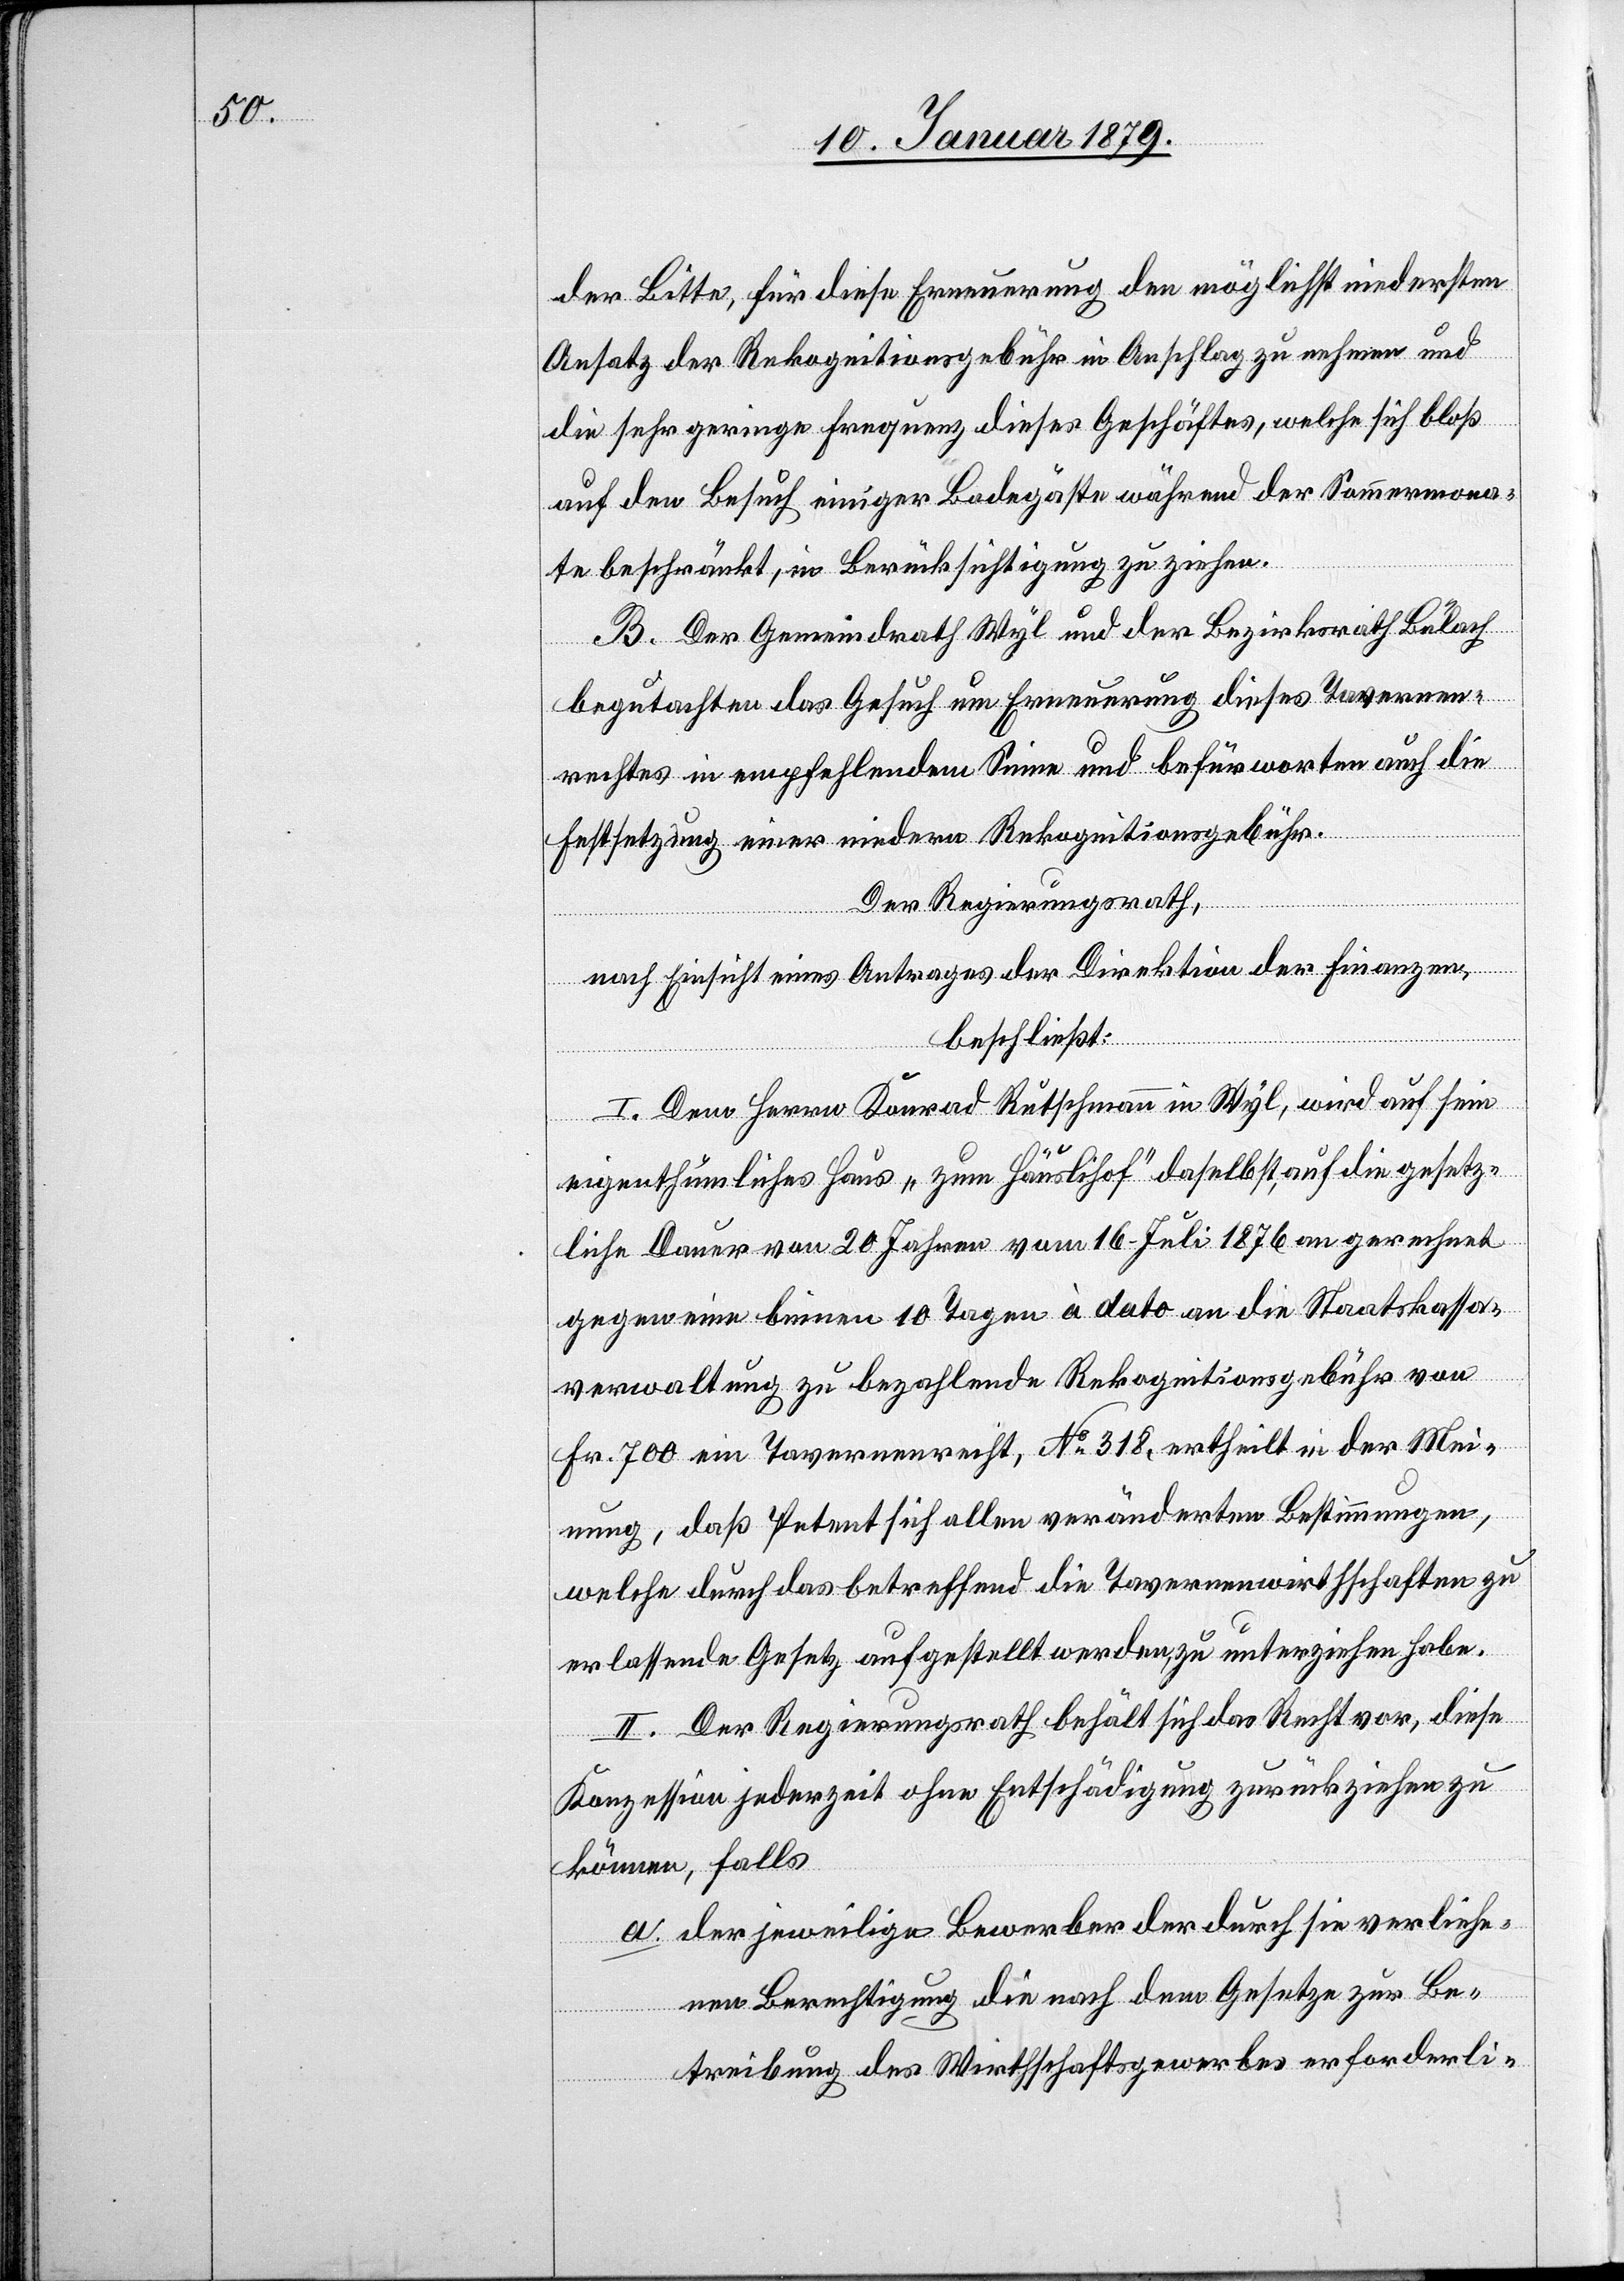
der Bitte, für diese Erneuerung den möglichst niedersten
Ansatz der Rekognitionsgebühr in Anschlag zu nehmen und
die sehr geringe Frequenz dieses Geschäftes, welche sich bloß
auf den Besuch einiger Badegäste während der Sommermona¬
te beschränkt, in Berücksichtigung zu ziehen.
B. Der Gemeindrath Wyl und der Bezirksrath Bülach
begutachten das Gesuch um Erneuerung dieses Tavernen¬
rechtes in empfehlendem Sinne und befürworten auch die
Festsetzung einer niedern Rekognitionsgebühr.
Der Regierungsrath,
nach Einsicht eines Antrages der Direktion der Finanzen,
beschließt:
I. Dem Herrn Konrad Rutschmann in Wyl, wird auf sein
eigenthümliches Haus „zum Häuslihof“ daselbst, auf die gesetz¬
liche Dauer von 20 Jahren vom 16. Juli 1876 an gerechnet
gegen eine binnen 10 Tagen à dato an die Staatskassa¬
verwaltung zu bezahlende Rekognitionsgebühr von
Fr. 700 ein Tavernenrecht, No 318, ertheilt, in der Mei¬
nung, daß Petent sich allen veränderten Bestimmungen,
welche durch das betreffend die Tavernenwirthschaften zu
erlassende Gesetz aufgestellt werden, zu unterziehen habe.
II. Der Regierungsrath behält sich das Recht vor, diese
Konzession jederzeit ohne Entschädigung zurückziehen zu
können, falls
a. der jeweilige Bewerber der durch sie verliehe¬
nen Berechtigung die nach dem Gesetze zur Be¬
treibung des Wirthschaftsgewerbes erforderli-